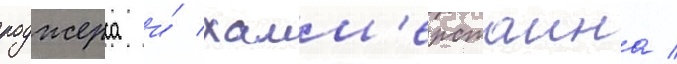
роджерса и́ хамм'ерстаина /